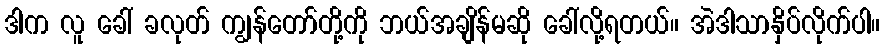
ဒါက လူ ခေါ် ခလုတ် ကျွန်တော်တို့ကို ဘယ်အချိန်မဆို ခေါ်လို့ရတယ်။ အဲဒါသာနှိပ်လိုက်ပါ။